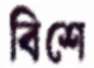
বিশে